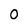
Character: 0